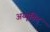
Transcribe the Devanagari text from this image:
अय्यूबिद